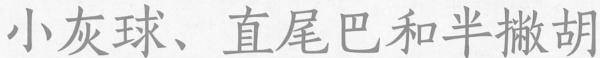
小灰球、直尾巴和半撇胡